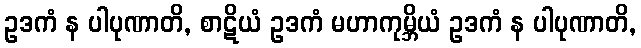
ဥဒကံ န ပါပုဏာတိ, စာဋိယံ ဥဒကံ မဟာကုမ္ဘိယံ ဥဒကံ န ပါပုဏာတိ,